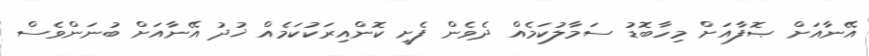
އޭނާއަށް ޞޮފާއަށް މިހާބޮޑު ސަމާލުކަމެއް ދެވެން ފެށީ ކޮންއިރަކުކަމެއް ޚުދު އޭނާއަށް ބުނަންވެސް